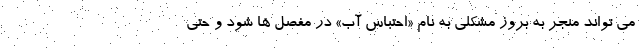
می تواند منجر به بروز مشکلی به نام «احتباس آب» در مفصل ها شود و حتی